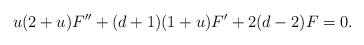
LaTeX: \begin{align*}u(2+u)F^{\prime \prime}+(d+1)(1+u)F^\prime + 2(d-2)F =0.\end{align*}